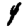
Digit: 4